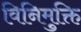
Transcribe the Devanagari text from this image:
विनिमुक्ति